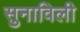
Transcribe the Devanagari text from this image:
सुनाविली